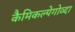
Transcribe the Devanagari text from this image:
कैमिकल्पेगोव्दा